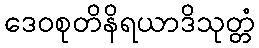
ဒေဝစုတိနိရယာဒိသုတ္တံ